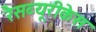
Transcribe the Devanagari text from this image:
रैसब्यूरीकेस